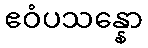
ဧဝံပသန္နော